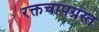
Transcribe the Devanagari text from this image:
रक्तचापग्रस्त